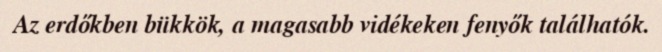
Az erdőkben bükkök, a magasabb vidékeken fenyők találhatók.